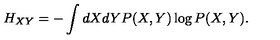
H _ { X Y } = - \int d X d Y P ( X , Y ) \log P ( X , Y ) .